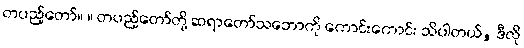
တပည့်တော်။ ။ တပည့်တော်တို့ ဆရာတော်သဘောကို ကောင်းကောင်း သိပါတယ်, ဒီလို